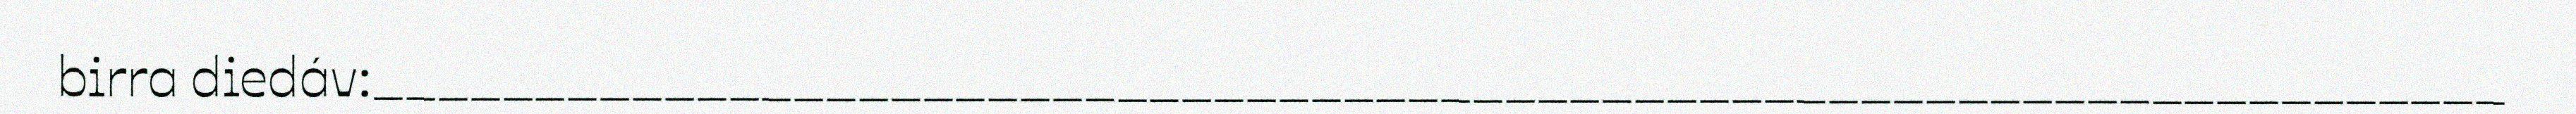
birra diedáv:__________________________________________________________________